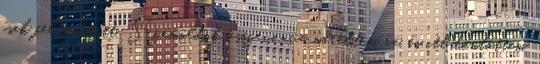
csak felnevetett. Szemöldök összevonva meredtem rá, és itt döntöttem